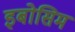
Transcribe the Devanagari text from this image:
इबोसिम